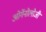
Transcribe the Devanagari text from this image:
ओर्गेनोलोजी